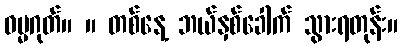
ဓမ္မဂုတ်။ ။ တစ်နေ့ ဘယ်နှစ်ခေါက် သွားရတုန်း။